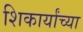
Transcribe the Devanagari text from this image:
शिकार्यांच्या